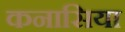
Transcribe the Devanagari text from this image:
कनासिया